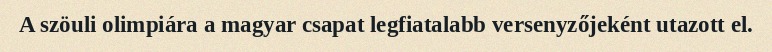
A szöuli olimpiára a magyar csapat legfiatalabb versenyzőjeként utazott el.